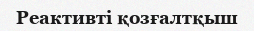
Реактивті қозғалтқыш